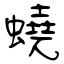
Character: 蟯